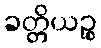
ခတ္တိယဉ္စ